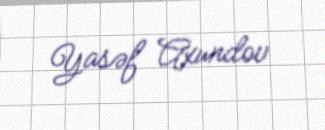
Yasəf Axundov